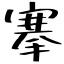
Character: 搴